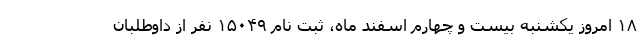
۱۸ امروز یکشنبه بیست و چهارم اسفند ماه، ثبت نام ۱۵۰۴۹ نفر از داوطلبان